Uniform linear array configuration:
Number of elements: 8
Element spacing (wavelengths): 0.25
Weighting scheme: uniform
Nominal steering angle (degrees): -60
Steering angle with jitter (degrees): -59.018
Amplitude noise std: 0.05
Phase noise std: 0.05

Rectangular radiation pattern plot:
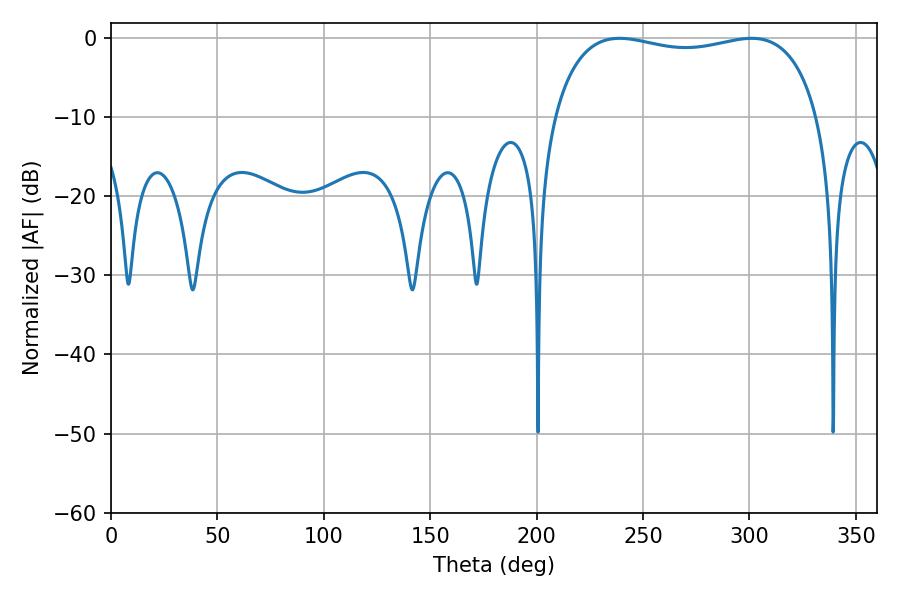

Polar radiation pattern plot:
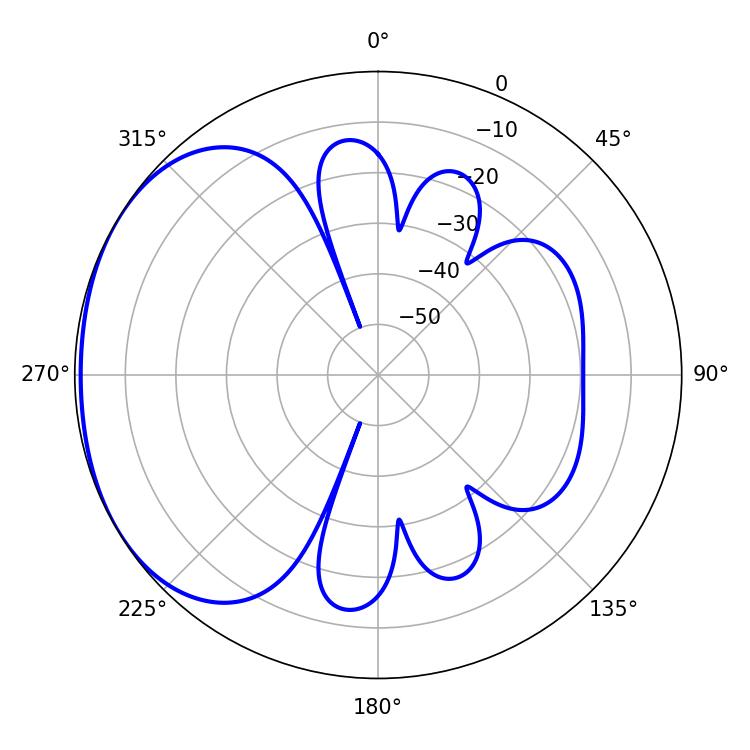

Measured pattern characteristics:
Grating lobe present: FALSE
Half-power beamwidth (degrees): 101.16
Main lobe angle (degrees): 239.04